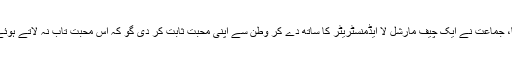
بہرحال جو بھی تھا، جماعت نے ایک چیف مارشل لا ایڈمنسٹریٹر کا ساتھ دے کر وطن سے اپنی محبت ثابت کر دی گو کہ اس محبت تاب نہ لاتے ہوئے لاکھوں مر گئے۔